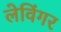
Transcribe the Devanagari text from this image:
लेविंगर